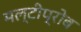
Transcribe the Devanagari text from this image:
मल्टीप्रोब